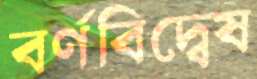
বর্ণবিদ্বেষ